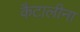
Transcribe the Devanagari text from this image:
कैटालीना